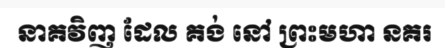
នាគវិញ ដែល គង់ នៅ ព្រះមហា នគរ